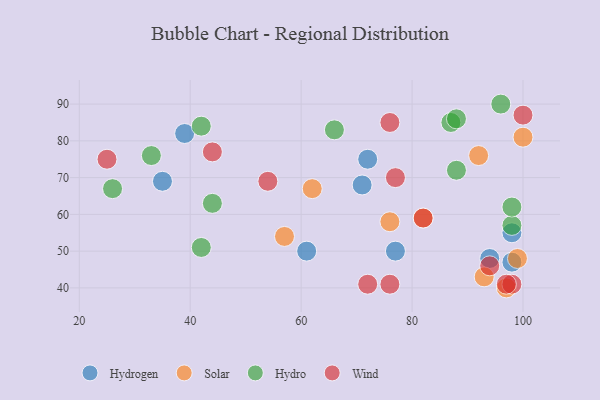
{"axis": {"x": "GDP", "y": "Life Expectancy"}, "legend": ["Hydro", "Hydrogen", "Solar", "Wind"], "data": [{"x": "94", "y": 48, "type": "Hydrogen"}, {"x": "98", "y": 47, "type": "Hydrogen"}, {"x": "71", "y": 68, "type": "Hydrogen"}, {"x": "39", "y": 82, "type": "Hydrogen"}, {"x": "77", "y": 50, "type": "Hydrogen"}, {"x": "61", "y": 50, "type": "Hydrogen"}, {"x": "35", "y": 69, "type": "Hydrogen"}, {"x": "72", "y": 75, "type": "Hydrogen"}, {"x": "98", "y": 55, "type": "Hydrogen"}, {"x": "57", "y": 54, "type": "Solar"}, {"x": "97", "y": 40, "type": "Solar"}, {"x": "76", "y": 58, "type": "Solar"}, {"x": "92", "y": 76, "type": "Solar"}, {"x": "82", "y": 59, "type": "Solar"}, {"x": "93", "y": 43, "type": "Solar"}, {"x": "100", "y": 81, "type": "Solar"}, {"x": "99", "y": 48, "type": "Solar"}, {"x": "62", "y": 67, "type": "Solar"}, {"x": "88", "y": 72, "type": "Hydro"}, {"x": "44", "y": 63, "type": "Hydro"}, {"x": "33", "y": 76, "type": "Hydro"}, {"x": "98", "y": 57, "type": "Hydro"}, {"x": "42", "y": 51, "type": "Hydro"}, {"x": "26", "y": 67, "type": "Hydro"}, {"x": "98", "y": 62, "type": "Hydro"}, {"x": "42", "y": 84, "type": "Hydro"}, {"x": "66", "y": 83, "type": "Hydro"}, {"x": "87", "y": 85, "type": "Hydro"}, {"x": "88", "y": 86, "type": "Hydro"}, {"x": "96", "y": 90, "type": "Hydro"}, {"x": "44", "y": 77, "type": "Wind"}, {"x": "82", "y": 59, "type": "Wind"}, {"x": "72", "y": 41, "type": "Wind"}, {"x": "94", "y": 46, "type": "Wind"}, {"x": "76", "y": 85, "type": "Wind"}, {"x": "98", "y": 41, "type": "Wind"}, {"x": "77", "y": 70, "type": "Wind"}, {"x": "97", "y": 41, "type": "Wind"}, {"x": "25", "y": 75, "type": "Wind"}, {"x": "100", "y": 87, "type": "Wind"}, {"x": "54", "y": 69, "type": "Wind"}, {"x": "76", "y": 41, "type": "Wind"}]}